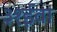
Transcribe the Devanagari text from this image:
३१ईवा